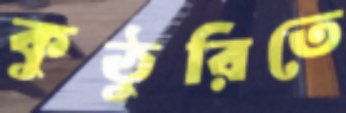
কুঠুরিতে